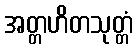
အတ္တဟိတသုတ္တံ